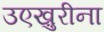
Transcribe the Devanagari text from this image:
उएख़ुरीना